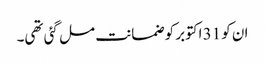
ان کو 31 اکتوبر کو ضمانت مل گئی تھی۔